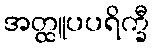
အတ္ထူပပရိက္ခီ